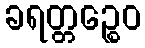
ခရတ္တဉ္စေဝ